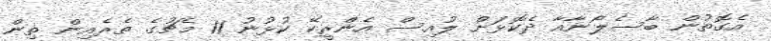
އެގޮތުން ބާސެލޯނާއާ ދެކޮޅަށް ލުއިސް އެންރީކޭ ކުޅުނު 11 މެޗުގެ ތެރެއިން ތިން